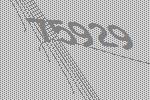
75929